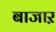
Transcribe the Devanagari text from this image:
बाजाऱ